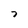
Character: 7